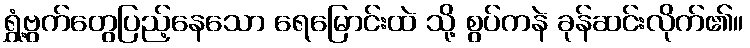
ရွှံ့ဗွက်တွေပြည့်နေသော ရေမြောင်းထဲ သို့ စွပ်ကနဲ ခုန်ဆင်းလိုက်၏။